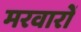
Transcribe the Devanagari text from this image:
मरवारों